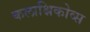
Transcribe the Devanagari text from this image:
कलाश्निकोव्स